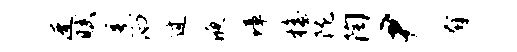
迓赋烹汩过液璋檐陇陶尹奔